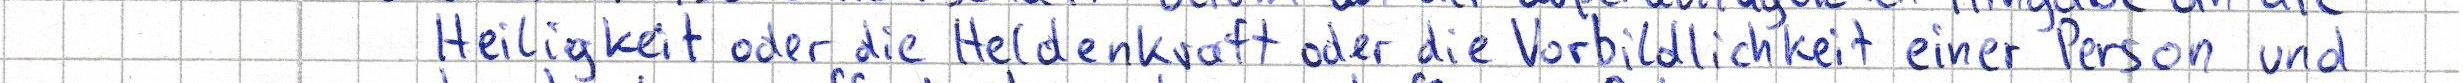
Heiligkeit oder die Heldenkraft oder die Vorbildlichkeit einer Person und